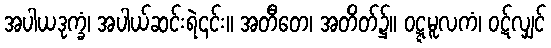
အပါယဒုက္ခံ၊ အပါယ်ဆင်းရဲ၎င်း။ အတီတေ၊ အတိတ်၌။ ဝဋ္ဋမူလကံ၊ ဝဋ်လျှင်